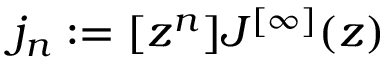
j _ { n } : = [ z ^ { n } ] J ^ { [ \infty ] } ( z )